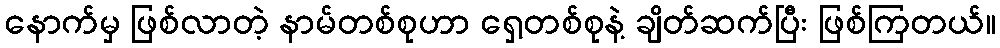
နောက်မှ ဖြစ်လာတဲ့ နာမ်တစ်စုဟာ ရှေ့တစ်စုနဲ့ ချိတ်ဆက်ပြီး ဖြစ်ကြတယ်။